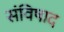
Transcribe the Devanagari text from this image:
संविषाद